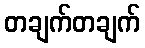
တချက်တချက်